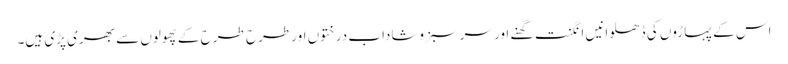
اس کے پہاڑوں کی ڈھلوانیں انگنت گھنے اور سرسبزوشاداب درختوں اور طرح طرح کے پھولوں سے بھری پڑی ہیں۔